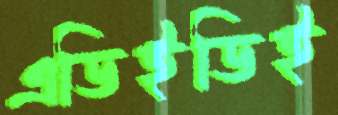
এডিইডিই